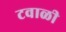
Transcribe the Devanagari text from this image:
टवाळी